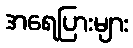
အရေပြားများ